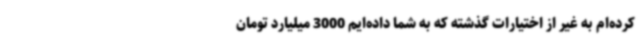
کرده‌ام به غیر از اختیارات گذشته که به شما داده‌ایم 3000 میلیارد تومان